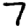
Digit: 7